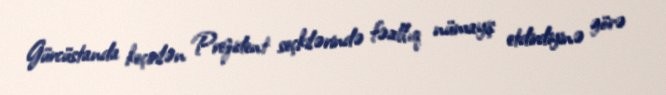
Gürcüstanda keçirilən Prezident seçkilərində fəallıq nümayiş etdirdiyinə görə